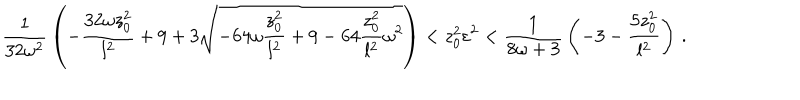
{ \frac { 1 } { 3 2 \omega ^ { 2 } } } \left( - { \frac { 3 2 \omega z _ { 0 } ^ { 2 } } { l ^ { 2 } } } + 9 + 3 \sqrt { - 6 4 \omega { \frac { z _ { 0 } ^ { 2 } } { l ^ { 2 } } } + 9 - 6 4 { \frac { z _ { 0 } ^ { 2 } } { l ^ { 2 } } } \omega ^ { 2 } } \right) < z _ { 0 } ^ { 2 } \varepsilon ^ { 2 } < { \frac { 1 } { 8 \omega + 3 } } \left( - 3 - { \frac { 5 z _ { 0 } ^ { 2 } } { l ^ { 2 } } } \right) \, .